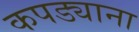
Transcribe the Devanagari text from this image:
कपड्याना